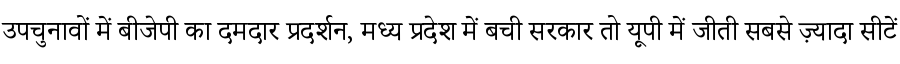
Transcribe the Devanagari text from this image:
उपचुनावों में बीजेपी का दमदार प्रदर्शन, मध्य प्रदेश में बची सरकार तो यूपी में जीती सबसे ज़्यादा सीटें